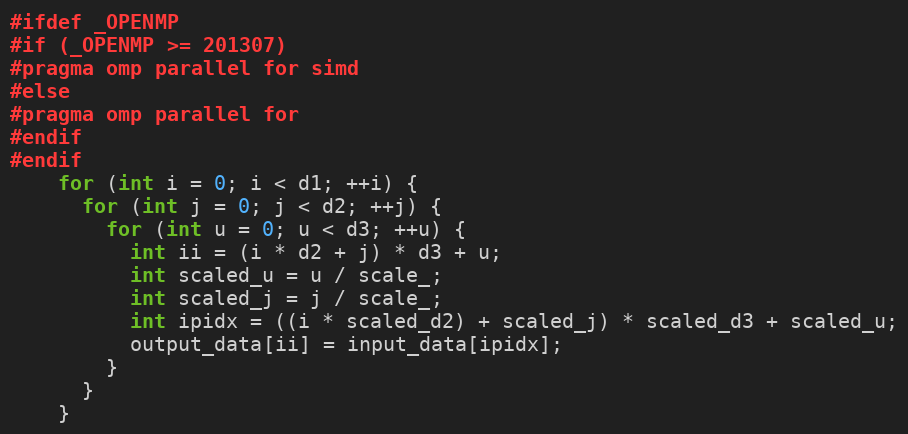
Language: C
#ifdef _OPENMP
#if (_OPENMP >= 201307)
#pragma omp parallel for simd
#else
#pragma omp parallel for
#endif
#endif
    for (int i = 0; i < d1; ++i) {
      for (int j = 0; j < d2; ++j) {
        for (int u = 0; u < d3; ++u) {
          int ii = (i * d2 + j) * d3 + u;
          int scaled_u = u / scale_;
          int scaled_j = j / scale_;
          int ipidx = ((i * scaled_d2) + scaled_j) * scaled_d3 + scaled_u;
          output_data[ii] = input_data[ipidx];
        }
      }
    }